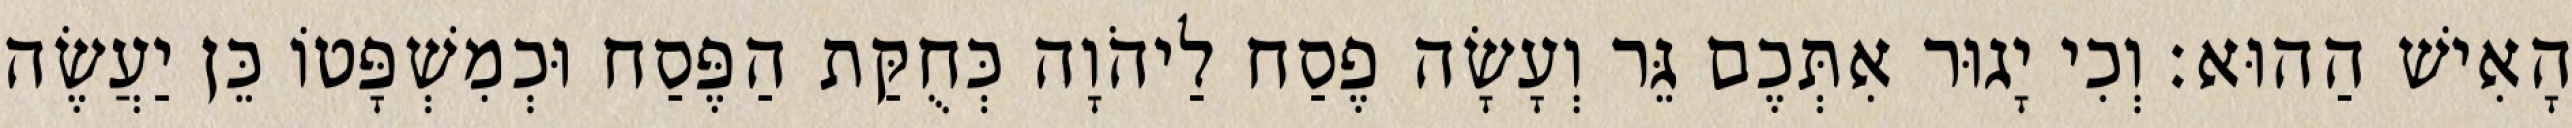
הָאִישׁ הַהוּא׃ וְכִי יָגוּר אִתְּכֶם גֵּר וְעָשָׂה פֶסַח לַיהֹוָה כְּחֻקַּת הַפֶּסַח וּכְמִשְׁפָּטוֹ כֵּן יַעֲשֶׂה